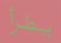
يطرأ